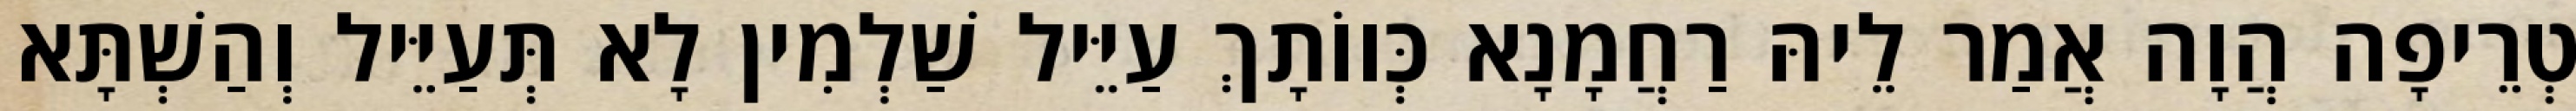
טְרֵיפָה הֲוָה אֲמַר לֵיהּ רַחֲמָנָא כְּווֹתָךְ עַיֵּיל שַׁלְמִין לָא תְּעַיֵּיל וְהַשְׁתָּא